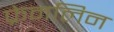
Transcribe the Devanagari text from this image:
फ्रेमलिन